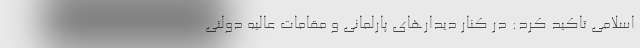
اسلامی تاکید کرد: در کنار دیدارهای پارلمانی و مقامات عالیه دولتی